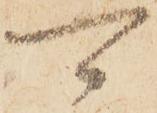
可